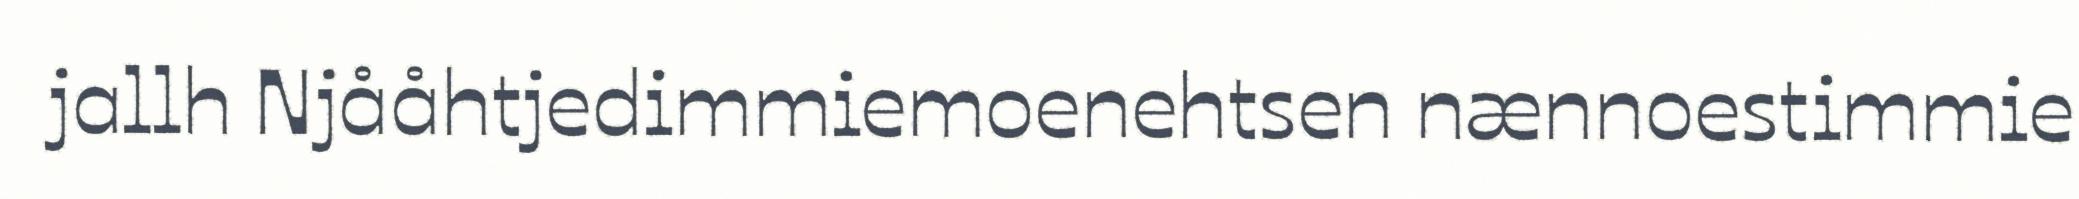
jallh Njååhtjedimmiemoenehtsen nænnoestimmie